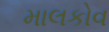
માલકોવ